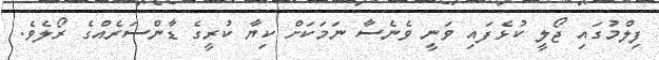
ފިލްމުގައި ޖޯލީ ކުޅެފައި ވަނީ ވެނެސާ ނަމަކަށް ކިޔާ ކުރީގެ ޑާންސަރެއްގެ ރޯލެވެ.